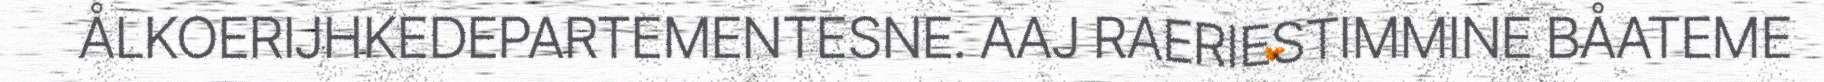
ÅLKOERIJHKEDEPARTEMENTESNE. AAJ RAERIESTIMMINE BÅATEME